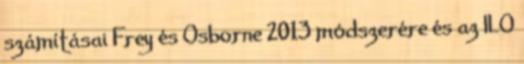
számításai Frey és Osborne 2013 módszerére és az ILO